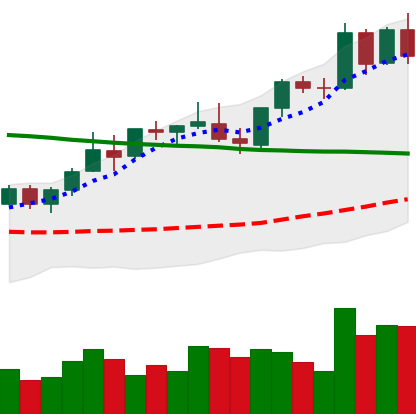
Ticker: BNB-USD
Chart end date: 2021-08-26
Forward return: -3.045%
Label: down_3_5